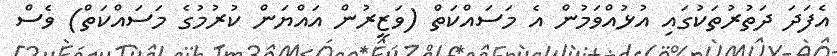
އެފަދަ ދަތުރުތަކުގައި އުޅުއްވަމުން އެ މަސައްކަތް (ވަޒީރުން އައްޔަން ކުރުމުގެ މަސައްކަތް) ވެސް